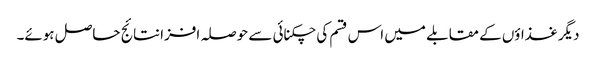
دیگر غذاؤں کے مقابلے میں اس قسم کی چکنائی سے حوصلہ افزا نتائج حاصل ہوئے۔